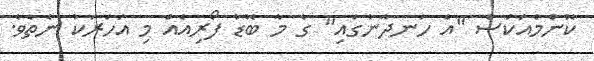
ކޮންމެއަކަސް "އެ ހަނދާނުގައި" ގެ މާ ބޮޑު ފޯރިއެއް މި އަހަރަކު ނެތެވެ.